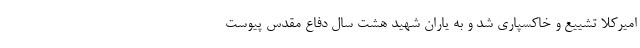
امیرکلا تشییع و خاکسپاری شد و به یاران شهید هشت سال دفاع مقدس پیوست